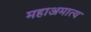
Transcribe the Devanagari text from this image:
महाअमात्य